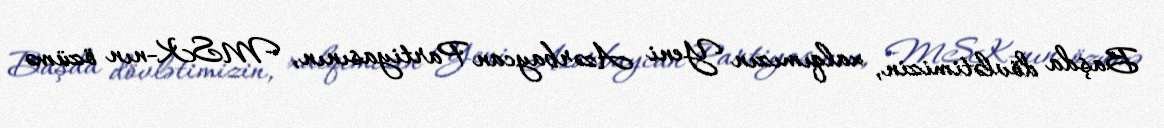
Başda dövlətimizin, xalqımızın Yeni Azərbaycan Partiyasının, MSK-nın özümə